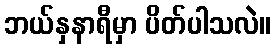
ဘယ်နှနာရီမှာ ပိတ်ပါသလဲ။